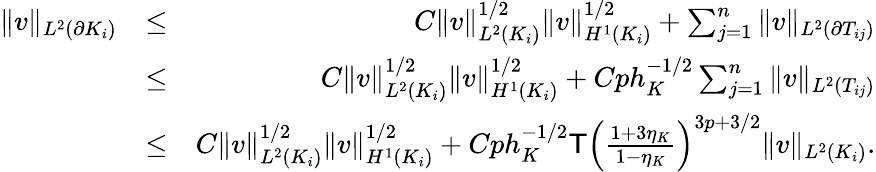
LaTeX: \begin{array}{rlr}{\| v\| _{L^{2}(\partial K_{i})}}&{\le}&{C\| v\| _{L^{2}(K_{i})}^{1/2}\| v\| _{H^{1}(K_{i})}^{1/2}+\sum_{j=1}^{n}\| v\| _{L^{2}(\partial T_{ij})}}\\ &{\le}&{C\| v\| _{L^{2}(K_{i})}^{1/2}\| v\| _{H^{1}(K_{i})}^{1/2}+Cph_{K}^{-1/2}\sum_{j=1}^{n}\| v\| _{L^{2}(T_{ij})}}\\ &{\le}&{C\| v\| _{L^{2}(K_{i})}^{1/2}\| v\| _{H^{1}(K_{i})}^{1/2}+Cph_{K}^{-1/2}\mathsf{T}\left(\frac{1+3\eta_{K}}{1-\eta_{K}}\right)^{3p+3/2}\| v\| _{L^{2}(K_{i})}.}\end{array}